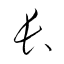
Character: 長